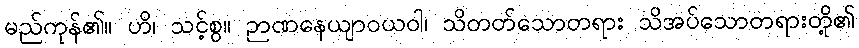
မည်ကုန်၏။ ဟိ၊ သင့်စွ။ ဉာဏနေယျာဝယဝါ၊ သိတတ်သောတရား သိအပ်သောတရားတို့၏